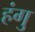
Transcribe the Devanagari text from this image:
हंगु